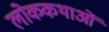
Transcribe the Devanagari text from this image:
लोककथाआें